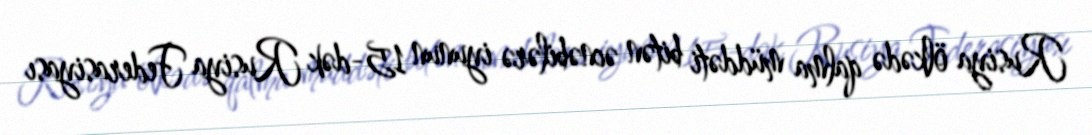
Rusiya ölkədə qalma müddəti bitən əcnəbilərə iyunun 15-dək Rusiya Federasiyası